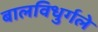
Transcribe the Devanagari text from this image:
बालविधुर्गले